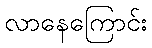
လာနေကြောင်း